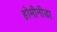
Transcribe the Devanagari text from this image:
होमीनीडा